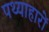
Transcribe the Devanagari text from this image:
पथ्याहारों